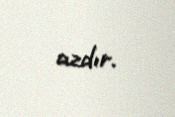
azdır.